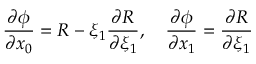
\frac { \partial \phi } { \partial x _ { 0 } } = R - \xi _ { 1 } \frac { \partial R } { \partial \xi _ { 1 } } , \quad \frac { \partial \phi } { \partial x _ { 1 } } = \frac { \partial R } { \partial \xi _ { 1 } }